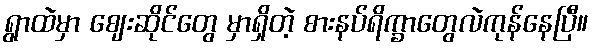
ရွာထဲမှာ ဈေးဆိုင်တွေ မှာရှိတဲ့ စားနပ်ရိက္ခာတွေလဲကုန်နေပြီ။